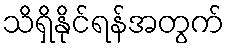
သိရှိနိုင်ရန်အတွက်